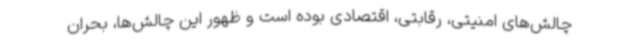
چالش‌های امنیتی، رقابتی، اقتصادی بوده است و ظهور این چالش‌ها، بحران